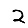
Digit: 2